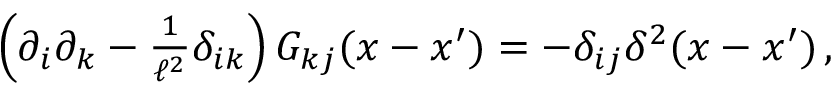
\begin{array} { r } { \left( \partial _ { i } \partial _ { k } - \frac { 1 } { \ell ^ { 2 } } \delta _ { i k } \right) G _ { k j } ( x - x ^ { \prime } ) = - \delta _ { i j } \delta ^ { 2 } ( x - x ^ { \prime } ) \, , } \end{array}